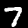
Label: 7